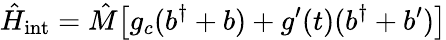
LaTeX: \hat{H}_{\mathrm{int}}=\hat{M}\big[g_{c}(b^{\dagger}+b)+g^{\prime}(t)(b^{\dagger}+b^{\prime})\big]